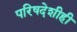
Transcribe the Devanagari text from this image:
परिषदेशीही